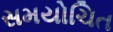
સમયોચિત